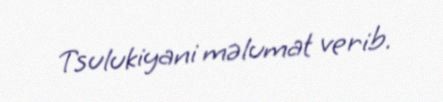
Tsulukiyani məlumat verib.